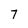
Character: 7